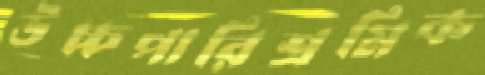
উচ্চপারিশ্রমিক